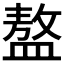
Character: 𥂢